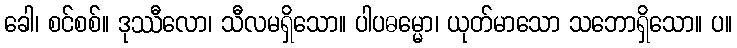
ခေါ၊ စင်စစ်။ ဒုဿီလော၊ သီလမရှိသော။ ပါပဓမ္မော၊ ယုတ်မာသော သဘောရှိသော။ ပ။